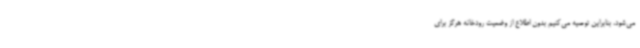
می‌شود، بنابراین توصیه می‌کنیم بدون اطلاع از وضعیت رودخانه هرگز برای